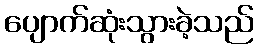
ပျောက်ဆုံးသွားခဲ့သည်